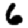
Digit: 6